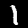
Label: 1